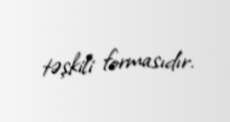
təşkili formasıdır.